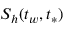
S _ { h } ( t _ { w } , t _ { * } )